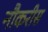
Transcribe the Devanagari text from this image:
नौकरीस